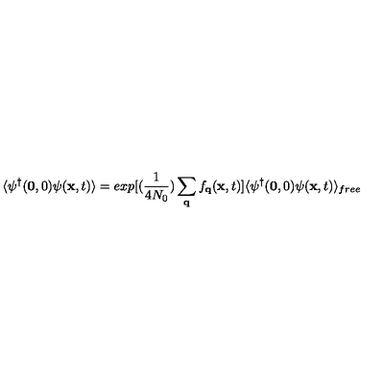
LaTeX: \langle \psi ^ { \dagger } ( { \bf { 0 } } , 0 ) \psi ( { \bf { x } } , t ) \rangle = e x p \mathrm { } [ \mathrm { } ( \frac { 1 } { 4 N _ { 0 } } ) \sum _ { { \bf { q } } } f _ { { \bf { q } } } ( { \bf { x } } , t ) \mathrm { } ] \langle \psi ^ { \dagger } ( { \bf { 0 } } , 0 ) \psi ( { \bf { x } } , t ) \rangle _ { f r e e }